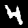
Digit: 4